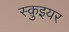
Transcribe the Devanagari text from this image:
स्क़ुइयर